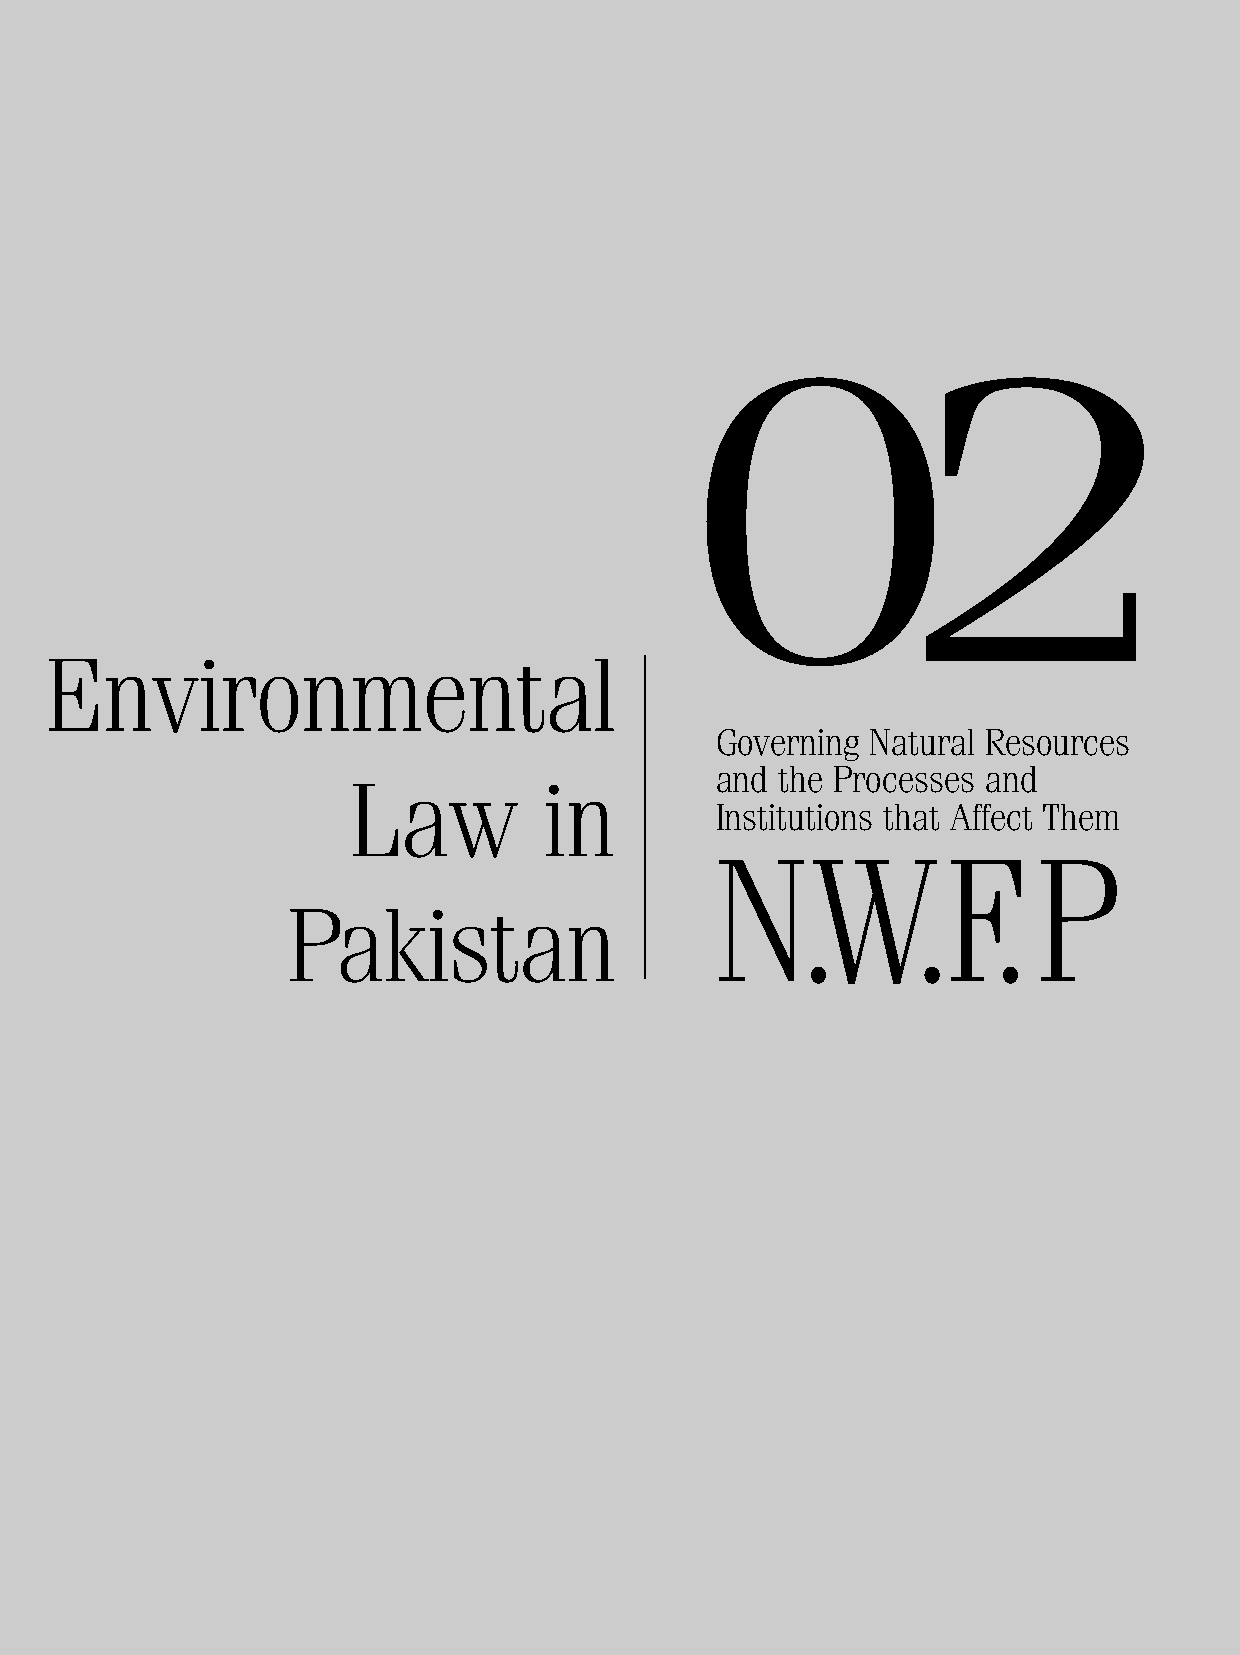
02
 En     v  i r o  n  m    e  n  t a  l
 Governing  Natural Resources
 and  the Processes and
 Law          in
 Institutions that Affect Them
 N.W.F.                P
 Pak      i s t a  n